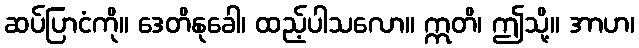
ဆပ်ပြာငံကို။ ဒေတိနုခေါ၊ ထည့်ပါသလော။ ဣတိ၊ ဤသို့။ အာဟ၊